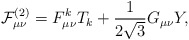
\begin{align*}{\mathcal{F}}_{\mu\nu}^{(2)}=F_{\mu\nu}^kT_{k}+\frac{1}{2\sqrt{3}}G_{\mu\nu}Y,\end{align*}